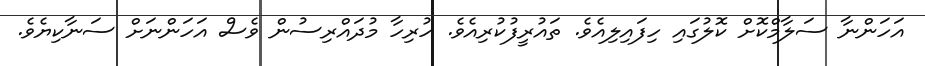
އަހަންނާ ސަލާމްކޮށް ކޮލުގައި ހިފައިލިއެވެ. ތައުރީފުކުރިއެވެ. ހުރިހާ މުދައްރިސުން ވެސް އަހަންނަށް ސަނާކިޔެވެ.